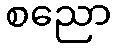
စညော